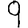
Digit: 9